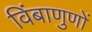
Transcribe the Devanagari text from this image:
विंबाणुणों